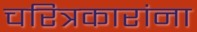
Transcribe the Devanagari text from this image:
चरित्रकारांना